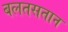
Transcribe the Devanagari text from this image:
बलतसतान